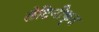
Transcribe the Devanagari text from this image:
लैटिनीकृत